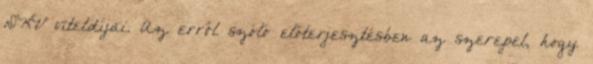
DKV viteldíjai. Az erről szóló előterjesztésben az szerepel, hogy